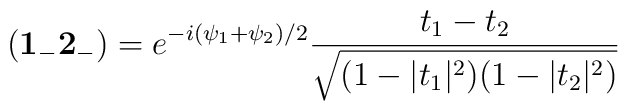
({\bf 1_-2_-}) = e^{-i{(\psi_1+\psi_2)/2}} \frac{t_1-t_2}{\sqrt{(1-|t_1|^2)(1-|t_2|^2)}}